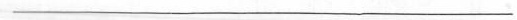
-----------------